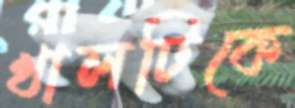
খালটিকে